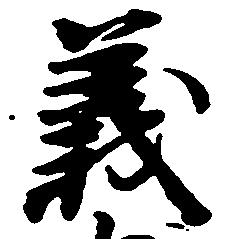
義